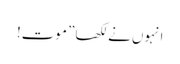
انہوں نے لکھا” موت!